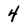
Character: 4